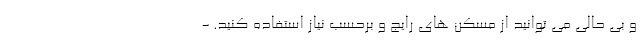
و بی حالی می توانید از مسکن های رایج و برحسب نیاز استفاده کنید. -